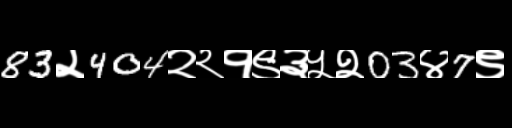
Text: 83२404२२१९३५२03४7९